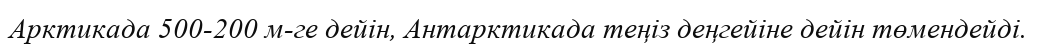
Арктикада 500-200 м-ге дейін, Антарктикада теңіз деңгейіне дейін төмендейді.